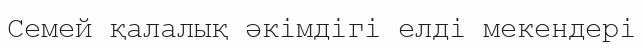
Семей қалалық әкімдігі елді мекендері